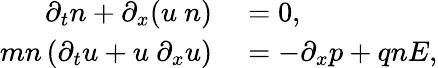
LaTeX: \begin{array}{rl}{\partial_{t}n+\partial_{x}(u~n)}&{{}=0,}\\ {mn\left(\partial_{t}u+u~\partial_{x}u\right)}&{{}=-\partial_{x}p+qnE,}\end{array}